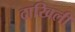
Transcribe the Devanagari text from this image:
दाखिली